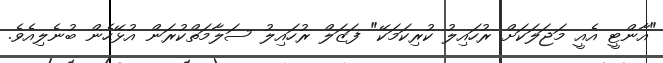
"އާންޓީ އެއީ މަޖަލަކަށް ރުހައިލު ކުރިކަމަކޭ" ފަޒަލް ރުހައިލު ސަލާމަތްކުރަން އުޅޭހެން ބުނެލިއެވެ.